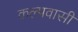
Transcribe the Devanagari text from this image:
कल्पवासी